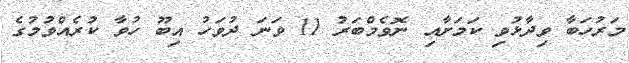
މަރުހަބާ ވިދާޅުވި ކަމަށާއި ނޮވެމްބަރު 11 ވަނަ ދުވަހު އިބޫ ހުވާ ކުރެއްވުމުގެ